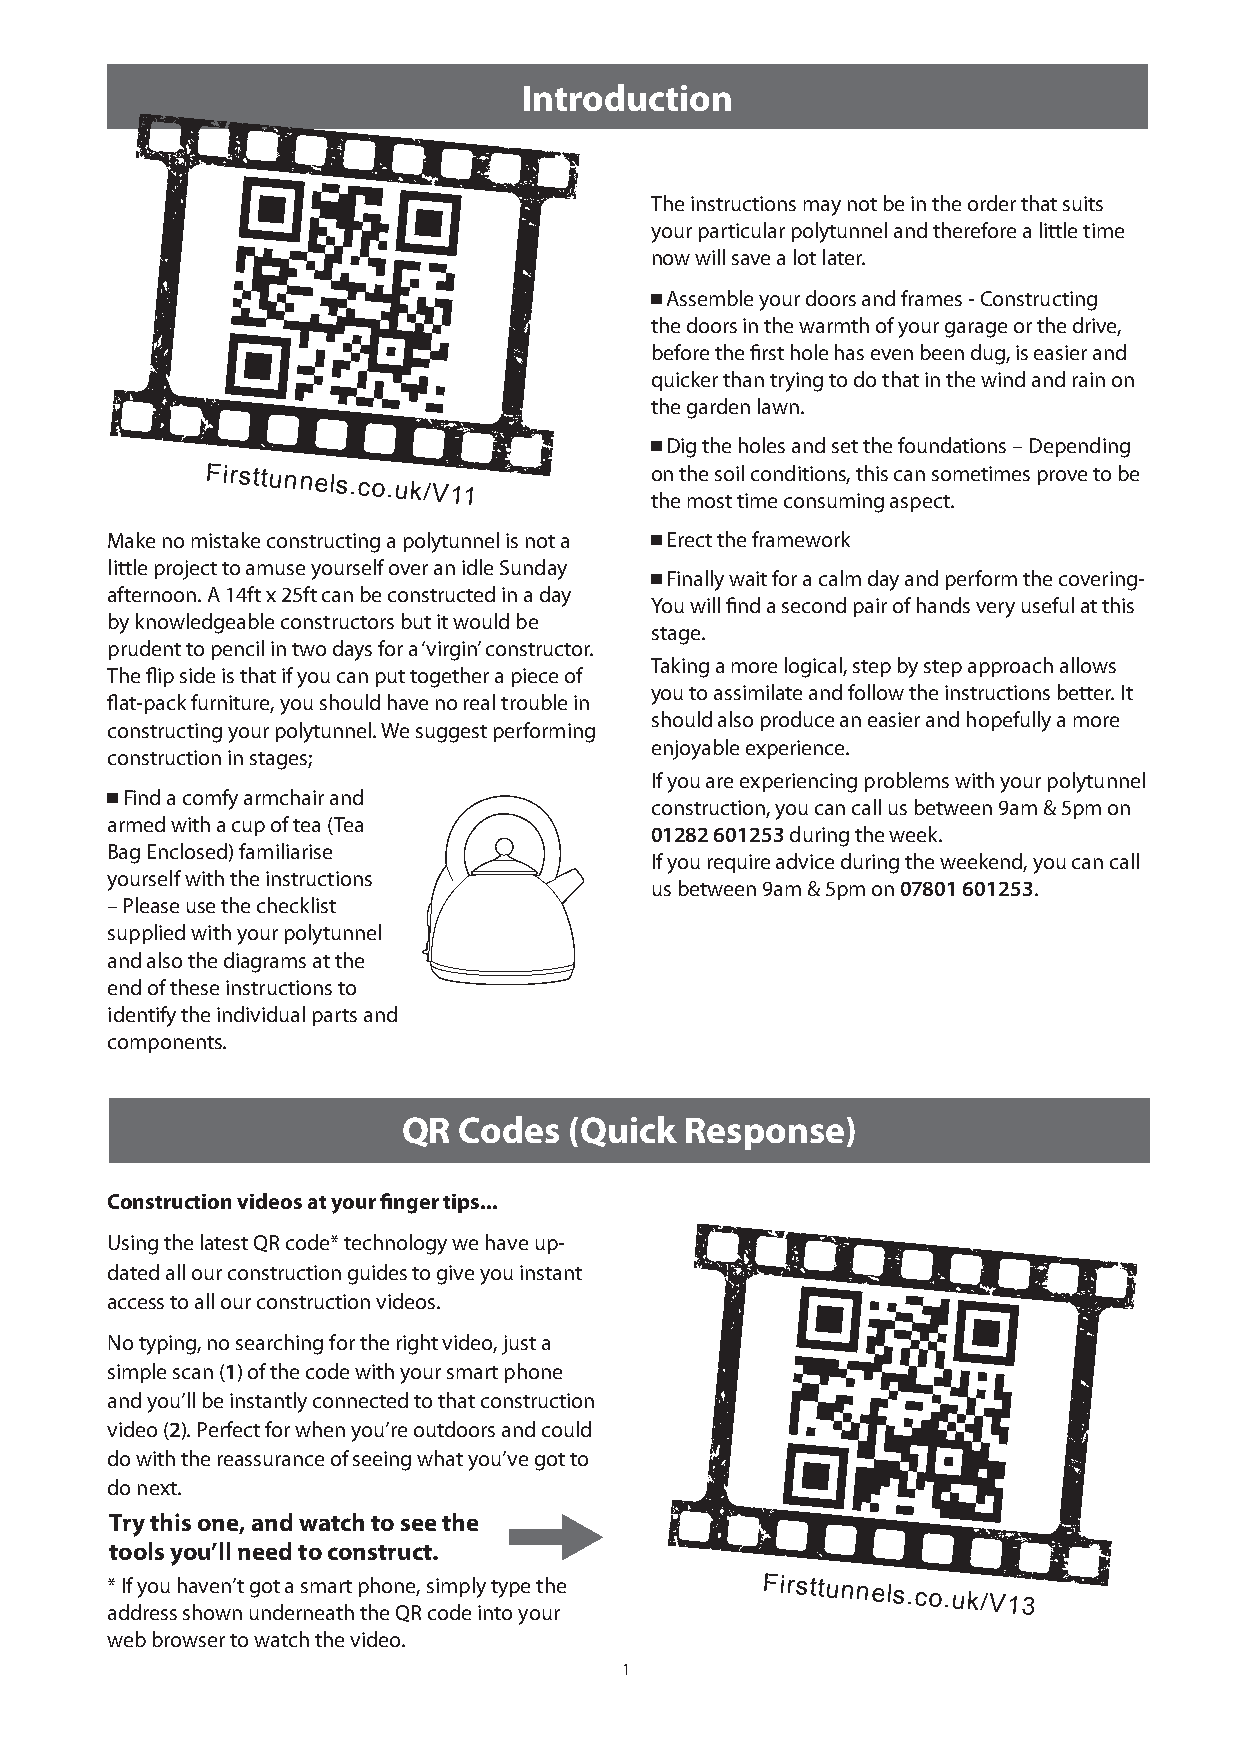
Introduction
 The instructions may not be in the order that suits
 your particular polytunnel and therefore a little time
 now will save a lot later.
 ■ Assemble your doors and frames - Constructing
 the doors in the warmth of your garage or the drive,
 before the first hole has even been dug, is easier and
 quicker than trying to do that in the wind and rain on
 the garden lawn.
 ■ Dig the holes and set the foundations – Depending
 Firsttunnels.co.uk/V11       o thn
 e
 t mhe
 o
 s so
 t
 i tl
 i
 mco en cd oit nio sun ms, t inh gis ac sa pn
 e
 s co t.metimes prove to be
 Make no mistake constructing a polytunnel is not a ■ Erect the framework
 little project to amuse yourself over an idle Sunday
 ■ Finally wait for a calm day and perform the covering-
 afternoon. A 14ft x 25ft can be constructed in a day
 You will find a second pair of hands very useful at this
 by knowledgeable constructors but it would be
 stage.
 prudent to pencil in two days for a ‘virgin’ constructor.
 Taking a more logical, step by step approach allows
 The flip side is that if you can put together a piece of
 you to assimilate and follow the instructions better. It
 flat-pack furniture, you should have no real trouble in
 should also produce an easier and hopefully a more
 constructing your polytunnel. We suggest performing
 enjoyable experience.
 construction in stages;
 If you are experiencing problems with your polytunnel
 ■ Find a comfy armchair and
 construction, you can call us between 9am & 5pm on
 armed with a cup of tea (Tea
 01282 601253 during the week.
 Bag Enclosed) familiarise
 If you require advice during the weekend, you can call
 yourself with the instructions
 us between 9am & 5pm on 07801 601253.
 – Please use the checklist
 supplied with your polytunnel
 and also the diagrams at the
 end of these instructions to
 identify the individual parts and
 components.
 QR Codes   (Quick Response)
 Construction videos at your finger tips...
 Using the latest QR code* technology we have up-
 dated all our construction guides to give you instant
 access to all our construction videos.
 No typing, no searching for the right video, just a
 simple scan (1) of the code with your smart phone
 and you’ll be instantly connected to that construction
 video (2). Perfect for when you’re outdoors and could
 do with the reassurance of seeing what you’ve got to
 do next.
 Try this one, and watch to see the
 tools you’ll need to construct.
 *
 a
 dIf
 d
 y ro eu
 ss
 h sa hv oe wn n’t ug no dt ea rs nm eaa tr ht p thh eo n Qe R, s ci om dp el y
 in
 t ty op ye
 o
 t uh re        Firsttunnels.co.uk/V13
 web browser to watch the video.
 1